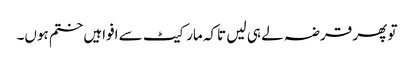
تو پھر قرضہ لے ہی لیں تاکہ مارکیٹ سے افواہیں ختم ہوں۔